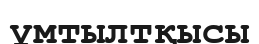
ұмтылтқысы